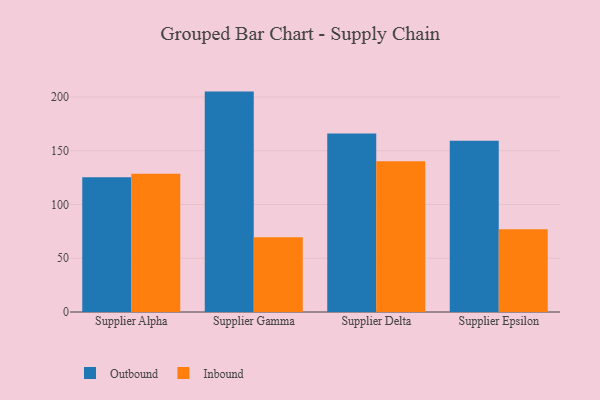
{"axis": {"x": "Supplier", "y": "Net Income (USD K)"}, "legend": ["Inbound", "Outbound"], "data": [{"x": "Supplier Alpha", "y": 125.3, "type": "Outbound"}, {"x": "Supplier Alpha", "y": 128.5, "type": "Inbound"}, {"x": "Supplier Gamma", "y": 205.0, "type": "Outbound"}, {"x": "Supplier Gamma", "y": 69.5, "type": "Inbound"}, {"x": "Supplier Delta", "y": 166.0, "type": "Outbound"}, {"x": "Supplier Delta", "y": 140.2, "type": "Inbound"}, {"x": "Supplier Epsilon", "y": 159.4, "type": "Outbound"}, {"x": "Supplier Epsilon", "y": 77.0, "type": "Inbound"}]}